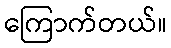
ကြောက်တယ်။